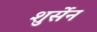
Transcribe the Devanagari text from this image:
शुर्सेन